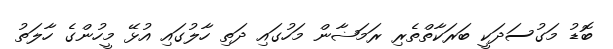
ބޮޑު މަގުސަދަކީ ބަރަކާތްތެރި ރަމަޟާން މަހުގައި ދަތި ހާލުގައި އުޅޭ މީހުންގެ ހާލަތު